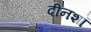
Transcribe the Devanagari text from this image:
दीनशॉ